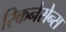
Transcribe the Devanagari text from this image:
रिकनेसेन्स